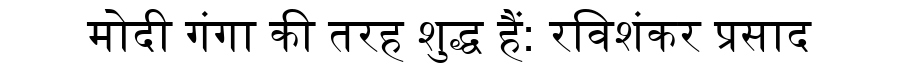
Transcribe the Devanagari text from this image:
मोदी गंगा की तरह शुद्ध हैं: रविशंकर प्रसाद